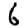
Digit: 6